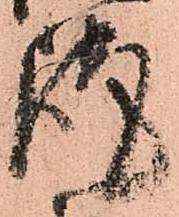
謹